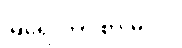
မြရေ၊ ဘာ စားမလဲ။